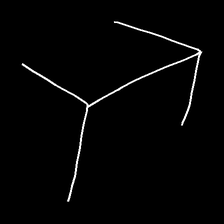
Glyph: gather